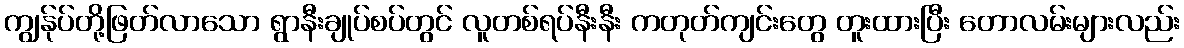
ကျွန်ုပ်တို့ဖြတ်လာသော ရွာနီးချုပ်စပ်တွင် လူတစ်ရပ်နီးနီး ကတုတ်ကျင်းတွေ တူးထားပြီး တောလမ်းများလည်း